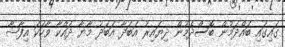
ގައިގައި ބައްދަމުން ބޮސްދެމުން ދިޔައިރު އަބަދާ އަބަދު މާޔާ ދައްކާ ވާހަކަ އިފާޝާ